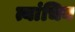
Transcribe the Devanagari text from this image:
त्यांचिन